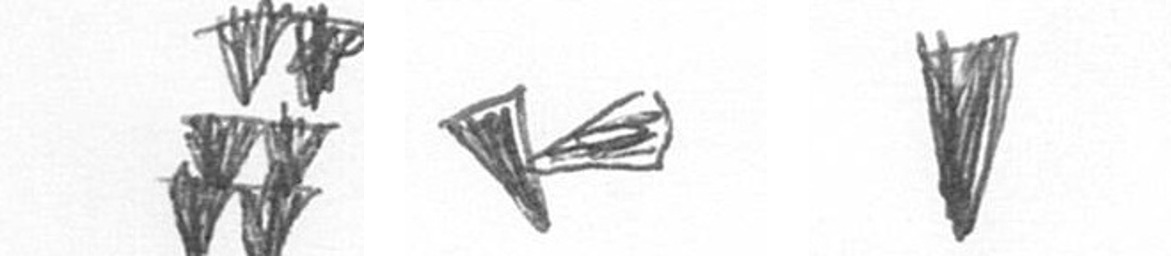
Y F J